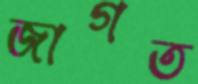
জাগত